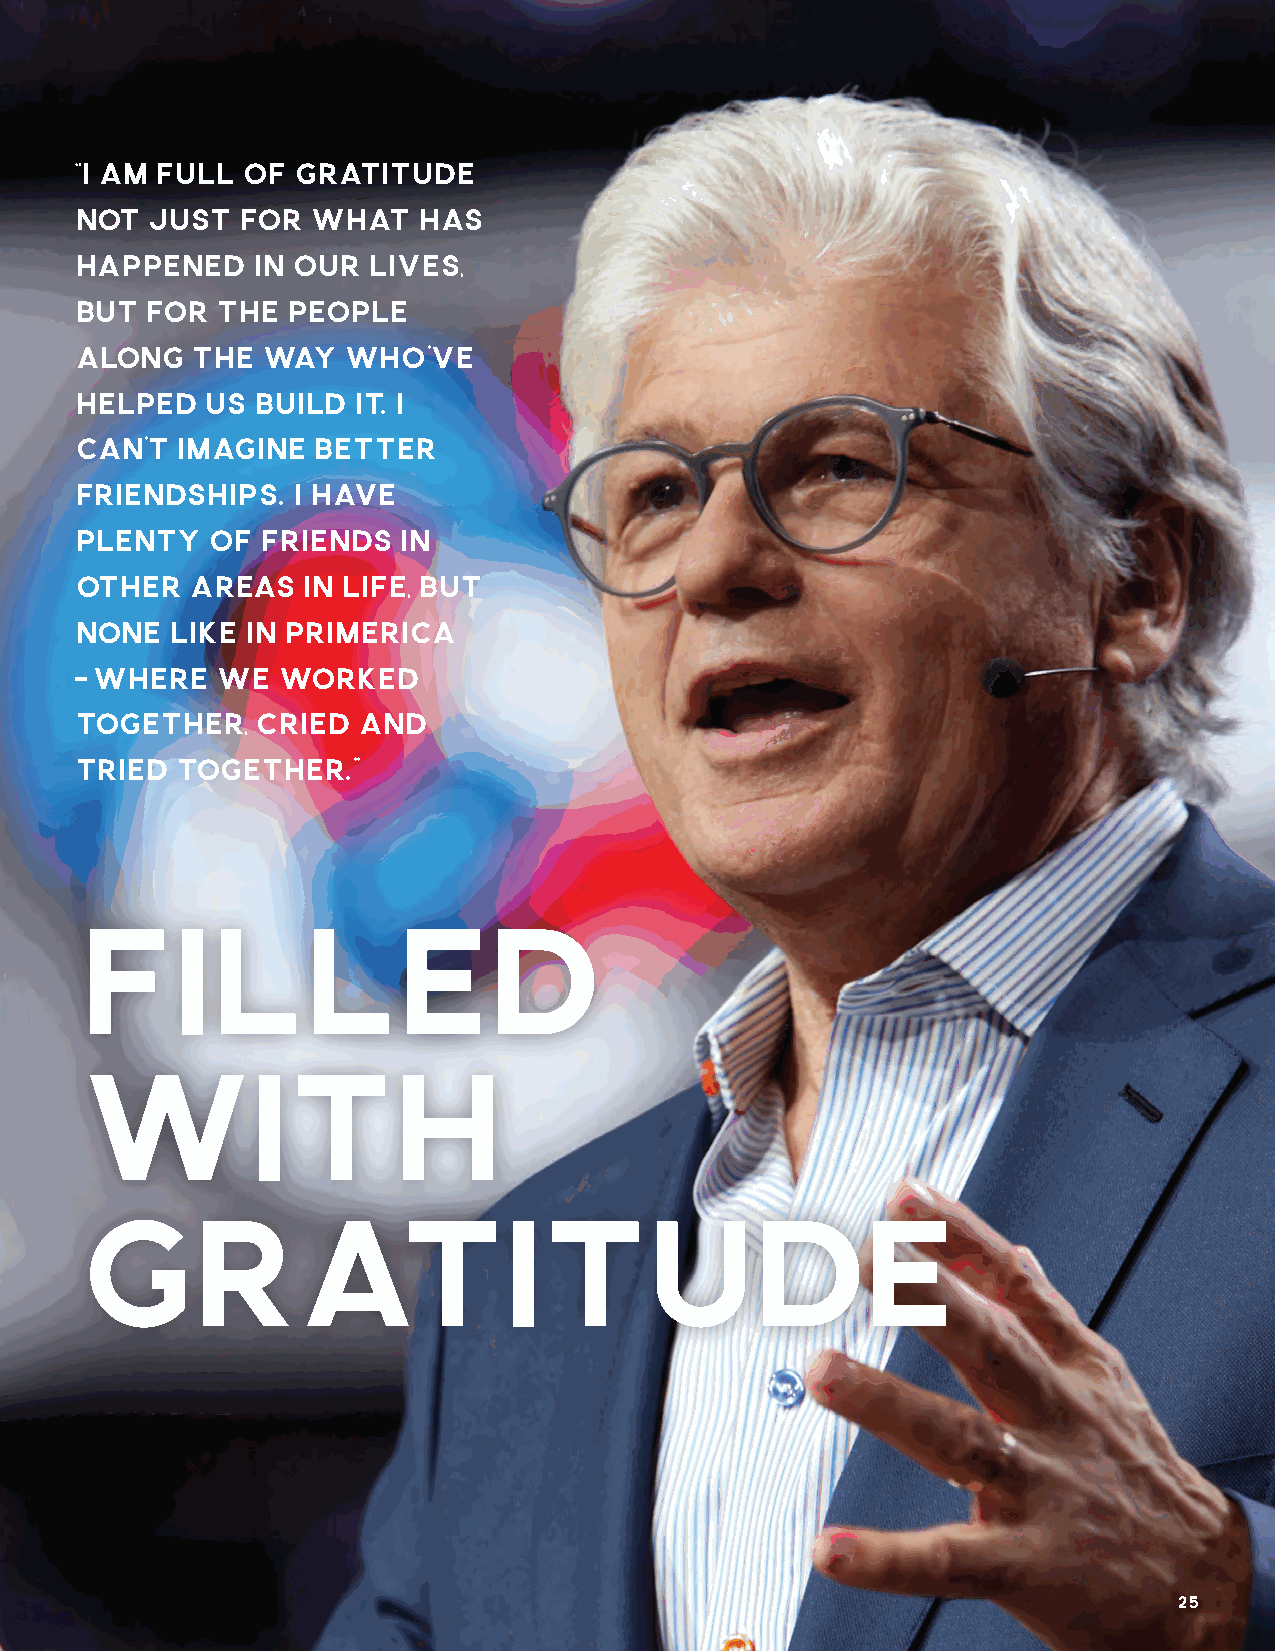
“I AM FULL OF GRATITUDE
 NOT  JUST  FOR  WHAT   HAS
 HAPPENED    IN OUR LIVES,
 BUT  FOR THE  PEOPLE
 ALONG   THE WAY   WHO’VE
 HELPED   US BUILD IT. I
 CAN’T  IMAGINE  BETTER
 FRIENDSHIPS.  I HAVE
 PLENTY   OF FRIENDS  IN
 OTHER   AREAS  IN LIFE, BUT
 NONE  LIKE IN PRIMERICA
 – WHERE  WE  WORKED
 TOGETHER,   CRIED  AND
 TRIED  TOGETHER.”
 FILLED
 WITH
 GRATITUDE
 25